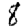
Digit: 8